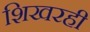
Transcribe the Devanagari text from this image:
शिखरही